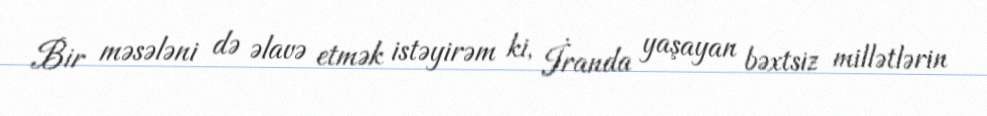
Bir məsələni də əlavə etmək istəyirəm ki, İranda yaşayan bəxtsiz millətlərin